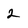
Character: 2